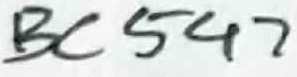
Text: BC547